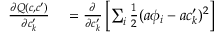
\begin{array} { r l } { \frac { \partial Q ( c , c ^ { \prime } ) } { \partial c _ { k } ^ { \prime } } } & { { } = \frac { \partial } { \partial c _ { k } ^ { \prime } } \left[ \sum _ { i } \frac { 1 } { 2 } ( a \phi _ { i } - a c _ { k } ^ { \prime } ) ^ { 2 } \right] } \end{array}